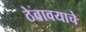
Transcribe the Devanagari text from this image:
ठेवावयाचे